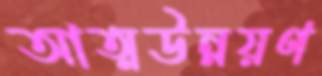
আত্মউন্নয়ণ